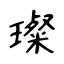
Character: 璨